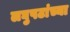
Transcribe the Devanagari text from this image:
लघुपटांच्या